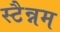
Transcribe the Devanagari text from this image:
स्टैन्नम